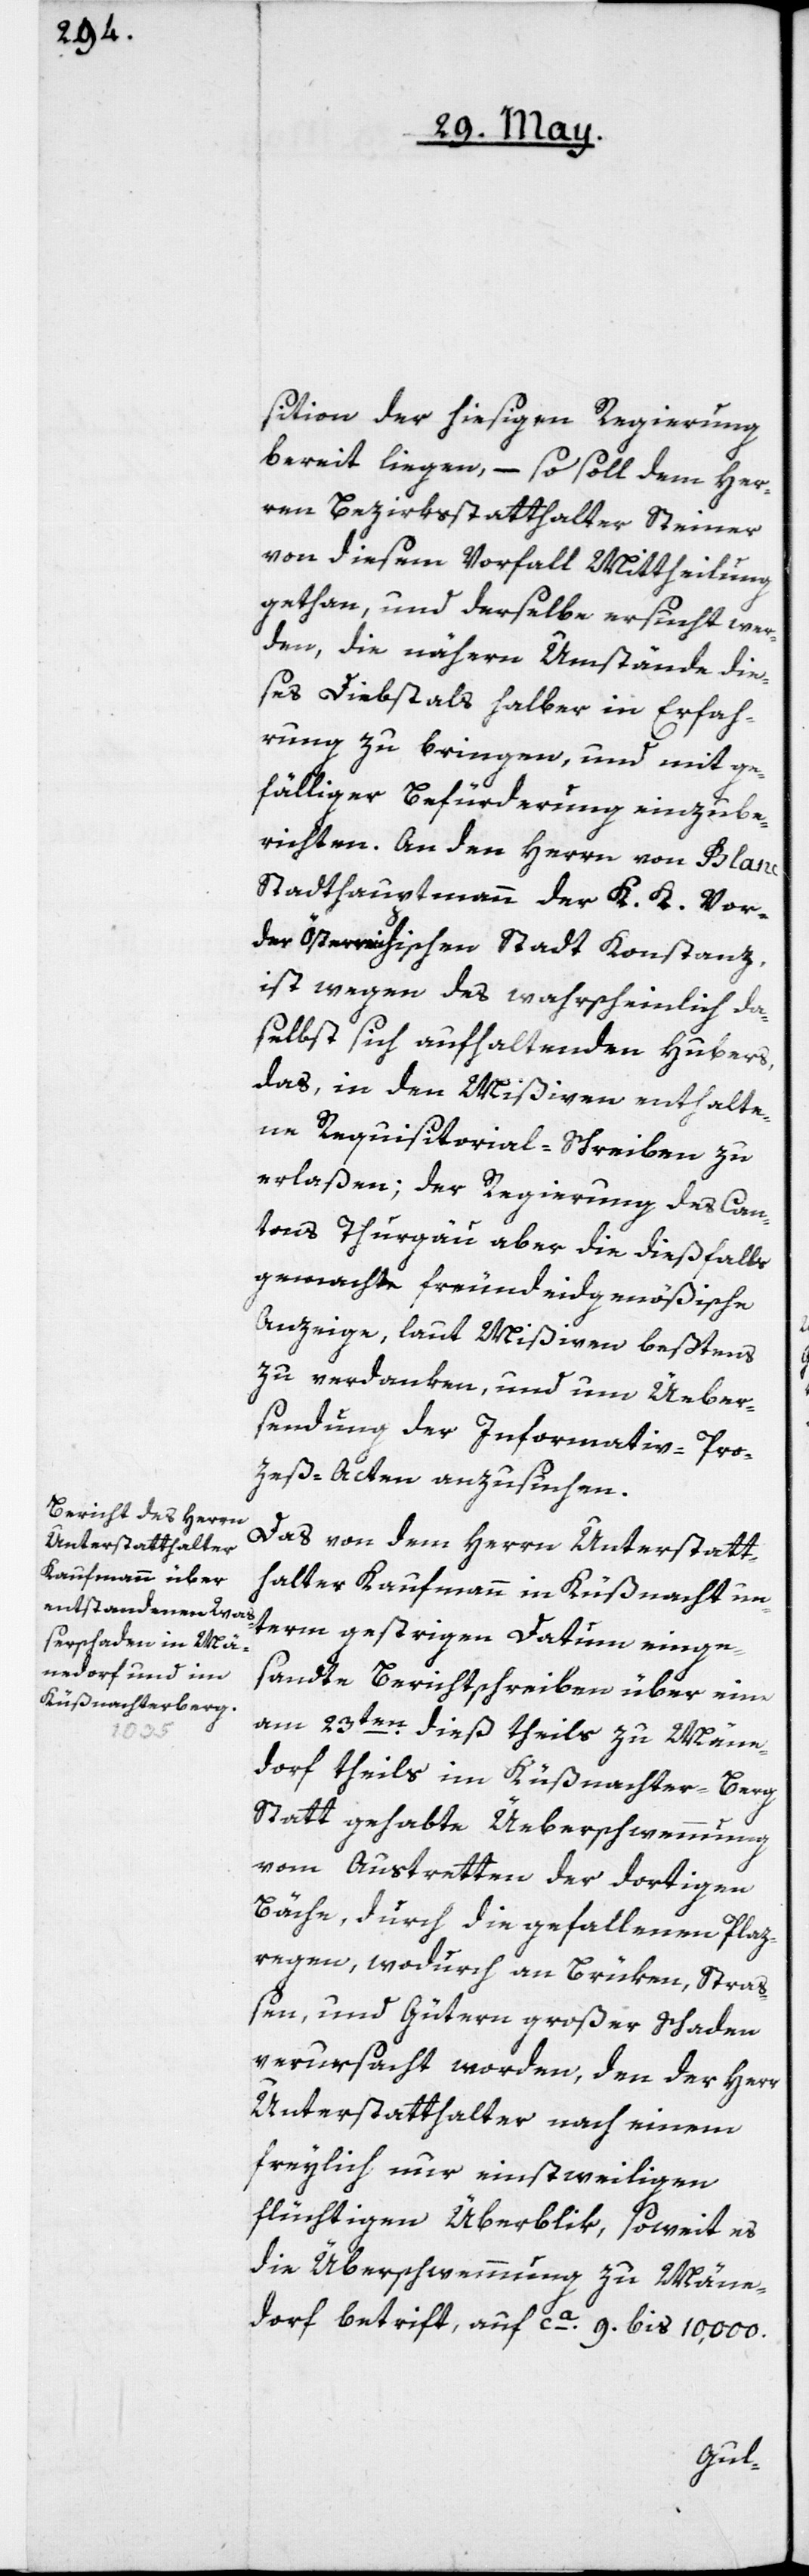
sition der hiesigen Regierung
bereit liegen, – so soll dem Her¬
ren Bezirksstatthalter Steiner
von diesem Vorfall Mittheilung
gethan, und derselbe ersucht wer¬
den, die nähern Umstände die¬
ses Diebstals halber in Erfah¬
rung zu bringen, und mit ge¬
fälliger Befürderung einzube¬
richten. An den Herrn von Blanc,
Stadthauptmann der K. K. Vor¬
derösterreichischen Stadt Konstanz,
ist wegen des wahrscheinlich da¬
selbst sich aufhaltenden Hubers,
das, in den Mißiven enthalte¬
ne Requisitorial-Schreiben zu
erlaßen; der Regierung des Can¬
tons Thurgau aber die dießfalls
gemachte freundeidgenößische
Anzeige, laut Mißiven beßtens
zu verdanken, und um Üeber¬
sendung der Informativ-Pro¬
zeß-Acten anzusuchen.
Das von dem Herrn Unterstatt¬
halter Kaufmann in Küßnacht un¬
term gestrigen Datum einge¬
sandte Berichtschreiben über eine
am 23ten dieß theils zu Männe¬
dorf, theils im Küßnachter-Berg
Statt gehabte Üeberschwemmung
vom Austretten der dortigen
Bäche, durch die gefallenen Plaz¬
regen, wodurch an Brüken, Straß¬
en und Gütern großer Schaden
verursacht worden, den der Herr
Unterstatthalter nach einem,
freylich nur einstweiligen
flüchtigen Überblik, soweit es
die Überschwemmung zu Männe¬
dorf betrift, auf ca. 9. bis 10,000.